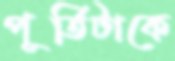
পূর্তিটাকে